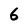
Character: 6